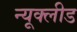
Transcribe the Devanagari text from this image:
न्यूक्लीड